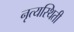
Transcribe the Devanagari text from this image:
नृत्यस्थिती